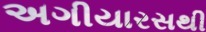
અગીયારસથી